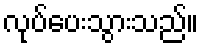
လုပ်ပေးသွားသည်။